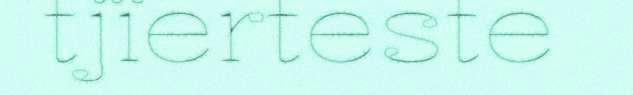
tjïerteste